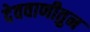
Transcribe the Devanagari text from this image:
देववाणीतुन